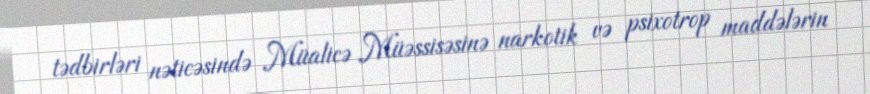
tədbirləri nəticəsində Müalicə Müəssisəsinə narkotik və psixotrop maddələrin